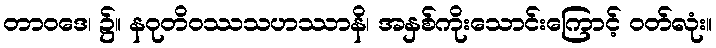
တာဝဒေ၊ ၌။ နဝုတိဝဿသဟဿာနိ၊ အနှစ်ကိုးသောင်းကြောင့် ဝတ်လုံး။